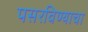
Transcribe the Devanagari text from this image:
पसरविण्याचा